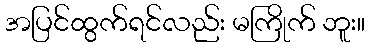
အပြင်ထွက်ရင်လည်း မကြိုက် ဘူး။